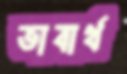
ভাবার্থ